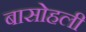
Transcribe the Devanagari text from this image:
बासोहली